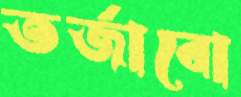
তর্জাবো